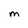
Character: M